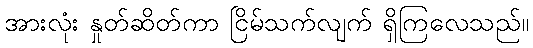
အားလုံး နှုတ်ဆိတ်ကာ ငြိမ်သက်လျက် ရှိကြလေသည်။